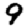
Digit: 9